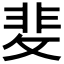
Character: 𭣻